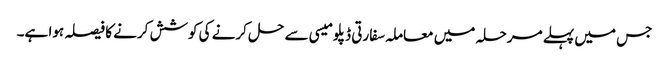
جس میں پہلے مرحلہ میں معاملہ سفارتی ڈپلومیسی سے حل کرنے کی کوشش کرنے کا فیصلہ ہوا ہے۔